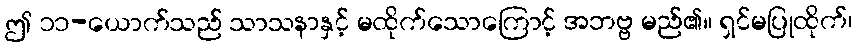
ဤ ၁၁-ယောက်သည် သာသနာနှင့် မထိုက်သောကြောင့် အဘဗ္ဗ မည်၏။ ရှင်မပြုထိုက်၊